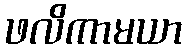
ဖလိကာမယာ